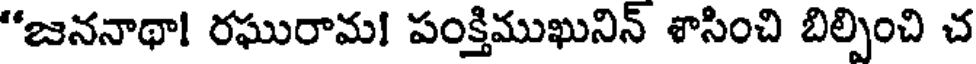
"జననాథా! రఘురామ! పంక్తిముఖునిన్ శాసించి బిల్పించి చ